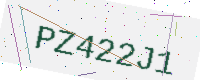
Text: PZ422J1